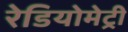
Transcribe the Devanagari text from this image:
रेडियोमेट्री